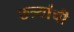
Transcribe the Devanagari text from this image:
छत्र्यांची